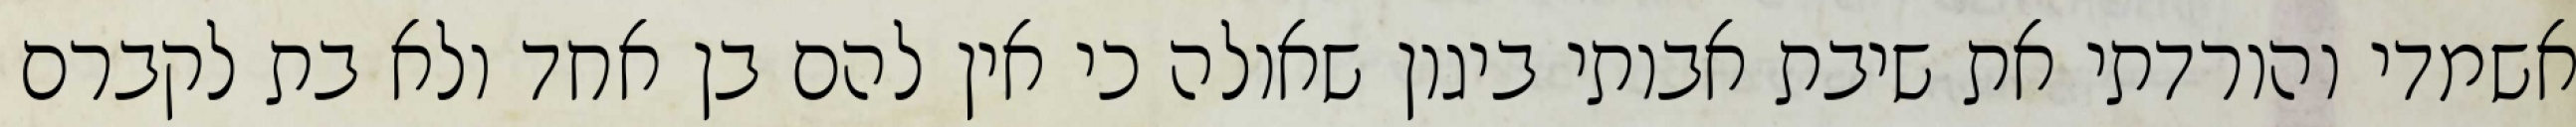
אשמדי והורדתי את שיבת אבותי ביגון שאולה כי אין להם בן אחד ולא בת לקברם